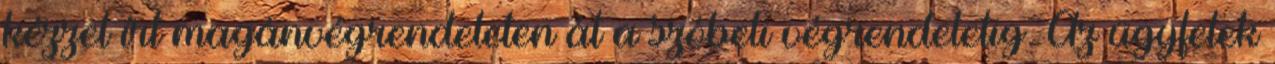
kézzel írt magánvégrendeleten át a szóbeli végrendeletig. Az ügyfelek